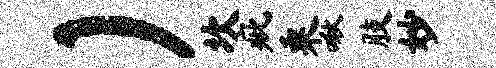
）坎疵乘啾肢妙